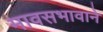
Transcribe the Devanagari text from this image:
मावसभावाने